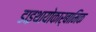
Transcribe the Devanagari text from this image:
डाइथायोकार्बामिक